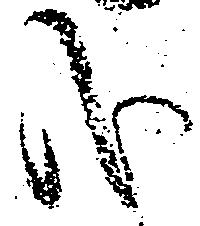
哉